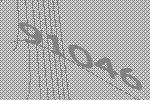
91046